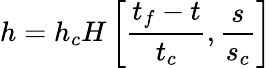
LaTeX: h=h_{c}H\left[\frac{t_{f}-t}{t_{c}},\frac{s}{s_{c}}\right]